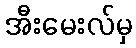
အီးမေးလ်မှ